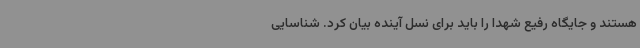
هستند و جایگاه رفیع شهدا را باید برای نسل آینده بیان کرد. شناسایی